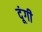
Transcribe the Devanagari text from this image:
दूंगी